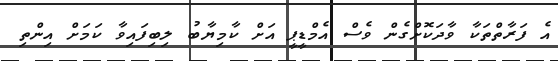
އެ ފަރާތްތަކާ ވާދަކޮށްގެން ވެސް އެމްޑީޕީ އަށް ކާމިޔާބު ލިބިފައިވާ ކަމަށް އިންތި